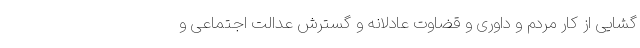
‌گشایی از کار مردم و داوری و قضاوت عادلانه و گسترش عدالت اجتماعی و